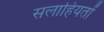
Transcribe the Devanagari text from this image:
सलाहियतों